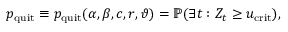
p _ { \mathrm { q u i t } } \equiv p _ { \mathrm { q u i t } } ( \alpha , \beta , c , r , \vartheta ) = \mathbb { P } ( \exists t : Z _ { t } \geq u _ { \mathrm { c r i t } } ) ,